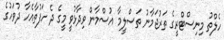
ހެލްތު މިނިސްޓްރީގެ ތަރުޖަމާނު ތަސްލީމާ އުސްމާން ވިދާޅުވީ މީގެ ދެ ހަފުތާއެހާ ދުވަހުގެ